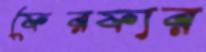
ফেরফার